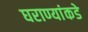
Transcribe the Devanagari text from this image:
घराण्यांकडे